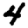
Digit: 4